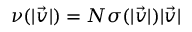
\nu ( | \vec { v } | ) = N \sigma ( | \vec { v } | ) | \vec { v } |